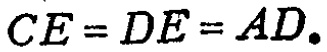
\(CE = DE = AD.\)